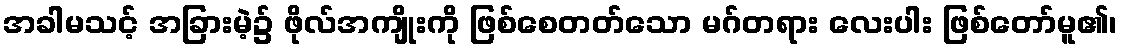
အခါမသင့် အခြားမဲ့၌ ဖိုလ်အကျိုးကို ဖြစ်စေတတ်သော မဂ်တရား လေးပါး ဖြစ်တော်မူ၏၊